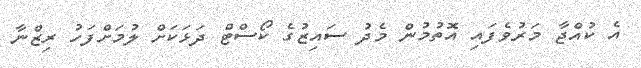
އެ ކުއްޖާ މަރުވެފައި އޮތުމުން މެދު ސައިޒުގެ ކޯސްޓް ދަޅަކަށް ލުމަށްފަހު ރިޒްނާ